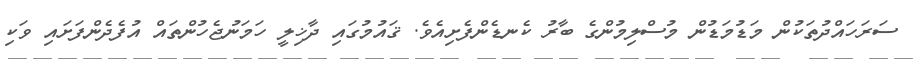
ސަރަހައްދުތަކުން މަޑުމަޑުން މުސްލިމުންގެ ބާރު ކެނޑެންފެށިއެވެ. ޤައުުމުގައި ދާޚިލީ ހަމަނުޖެހުންތައް އުފެދެންފަށައި ވަކި